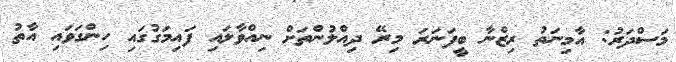
މަސްދަރު: އާމިނަތު ރިޒްނާ ބީފަނަރަ މިރޭ ދިއްލުންތަށް ނިއްވާލައި ފައިމަގުގައި ހިންގަވައި އާތު